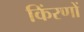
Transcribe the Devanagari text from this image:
किंरणों